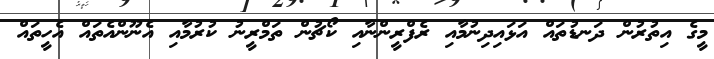
މީގެ އިތުރުން ދަނޑުތައް އަޅައިދިނުމާއި ރެފްރީންނާއި ކޯޗުން ތަމްރީނު ކުރުމާއި އެނޫންއެތައް އެހީތައް